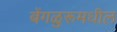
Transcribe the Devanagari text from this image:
बेंगळुरूमधील